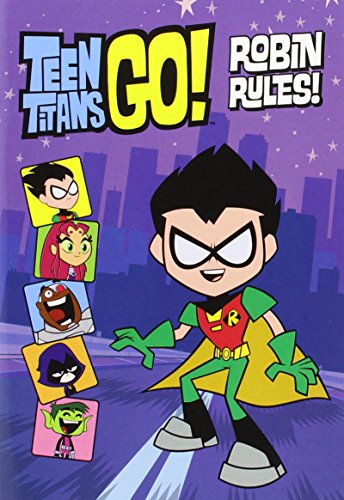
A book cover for Teen Titans Go!:  Robin Rules!; Annie Auerbach; Children's Books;